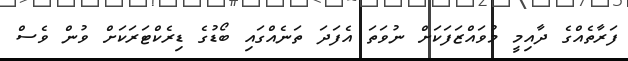
ފަރާތެއްގެ ދާއިމީ މުވައްޒަފަކަށް ނުވަތަ އެފަދަ ތަނެއްގައި ބޯޑުގެ ޑިރެކްޓަރަކަށް ވުން ވެސް